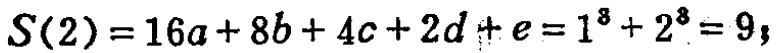
\(S(2)=16a + 8b + 4c + 2d + e = 1^{3}+2^{3}=9\)